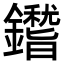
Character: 鑙